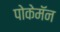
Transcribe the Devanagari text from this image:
पोकेमॅन